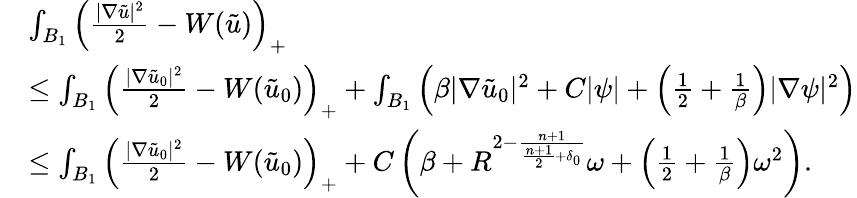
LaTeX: \begin{array}{rl}&{\int_{B_{1}}\left(\frac{|\nabla\tilde{u}|^{2}}{2}-W(\tilde{u})\right)_{+}}\\ &{\leq\int_{B_{1}}\left(\frac{|\nabla\tilde{u}_{0}|^{2}}{2}-W(\tilde{u}_{0})\right)_{+}+\int_{B_{1}}\left(\beta|\nabla\tilde{u}_{0}|^{2}+C|\psi|+\left(\frac{1}{2}+\frac{1}{\beta}\right)|\nabla\psi|^{2}\right)}\\ &{\leq\int_{B_{1}}\left(\frac{|\nabla\tilde{u}_{0}|^{2}}{2}-W(\tilde{u}_{0})\right)_{+}+C\left(\beta+R^{2-\frac{n+1}{\frac{n+1}{2}+\delta_{0}}}\omega+\left(\frac{1}{2}+\frac{1}{\beta}\right)\omega^{2}\right).}\end{array}